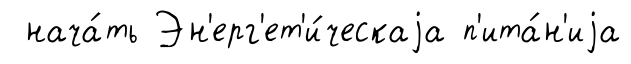
нача́ть Эн'ерг'ет'и́ческаjа п'ита́н'иjа